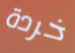
خردة